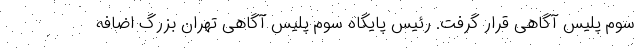
سوم پلیس آگاهی قرار گرفت. رئیس پایگاه سوم پلیس آگاهی تهران بزرگ اضافه